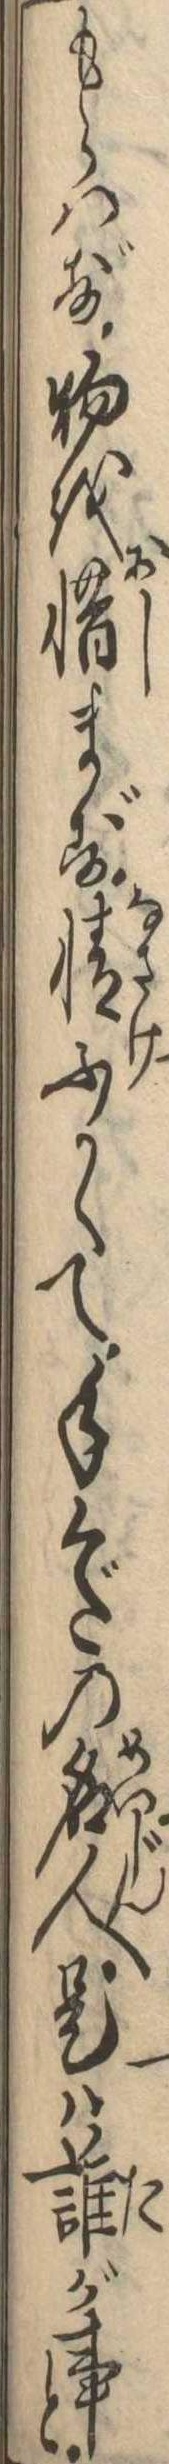
もらはず物を惜まず情ふかくて手くだの名人是は誰が事と